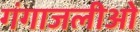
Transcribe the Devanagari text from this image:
गंगाजलीओ